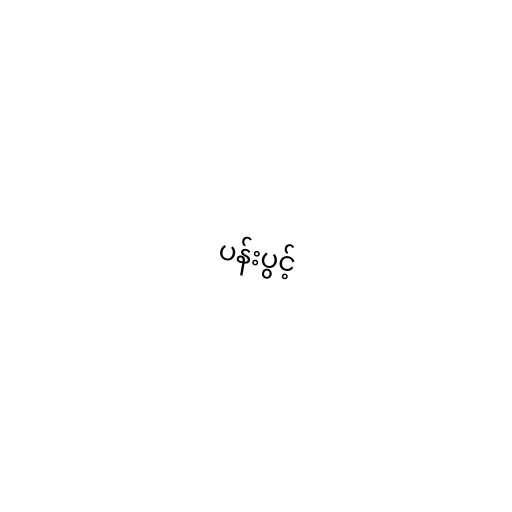
ပန်းပွင့်